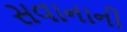
સવાનાની